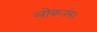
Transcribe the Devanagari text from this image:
लोकतंत्र।